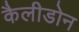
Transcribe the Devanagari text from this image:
कैलीडोन